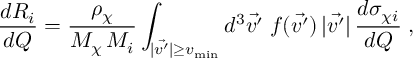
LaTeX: \frac { d R _ { i } } { d Q } = \frac { \rho _ { \chi } } { M _ { \chi } \, M _ { i } } \int _ { | \vec { v ^ { \prime } } | \geq v _ { \mathrm { { m i n } } } } d ^ { 3 } \vec { v ^ { \prime } } \; f ( \vec { v ^ { \prime } } ) \, | \vec { v ^ { \prime } } | \, \frac { d \sigma _ { \chi i } } { d Q } \; ,